Report on the cultivation and use of ganja
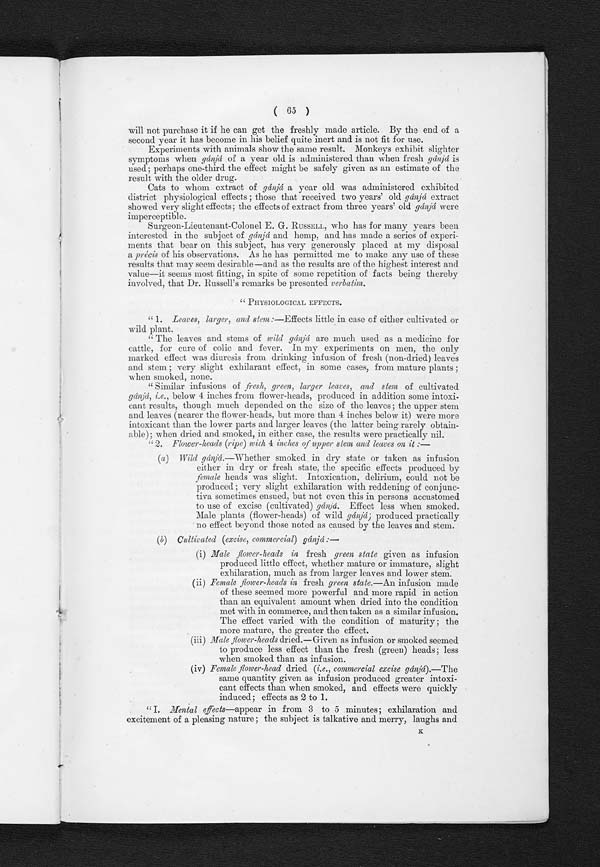
( 65 )
will not purchase it if he can get the freshly made article. By the end of a
second year it has become in his belief quite inert and is not fit for use.
Experiments with animals show the same result. Monkeys exhibit slighter
symptoms when gánjá of a year old is administered than when fresh gánjá is
used; perhaps one-third the effect might be safely given as an estimate of the
result with the older drug.
Cats to whom extract of gánjá a year old was administered exhibited
district physiological effects ; those that received two years' old gánjá extract
showed very slight effects; the effects of extract from three years' old gánjá were
imperceptible.
Surgeon-Lieutenant-Colonel E. G. RUSSELL, who has for many years been
interested in the subject of gánjá and hemp, and has made a series of experi-
ments that bear on this subject, has very generously placed at my disposal
a précis of his observations. As he has permitted me to make any use of these
results that may seem desirable—and as the results are of the highest interest and
value—it seems most fitting, in spite of some repetition of facts being thereby
involved, that Dr. Russell's remarks be presented verbatim.
" P H Y S I O L O G I C A L E F F E C T S .
" 1. Leaves, larger, and stem : —Effects little in case of either cultivated or
wild plant.
" The leaves and stems of wild gánjá are much used as a medicine for
cattle, for cure of colic and fever. In my experiments on men, the only
marked effect was diuresis from drinking infusion of fresh (non-dried) leaves
and stem ; very slight exhilarant effect, in some cases, from mature plants ;
when smoked, none.
"Similar infusions of fresh, green, larger leaves, and stem of cultivated
gánjá, i.e., below 4 inches from flower-heads, produced in addition some intoxi-
cant results, though much depended on the size of the leaves; the upper stem
and leaves (nearer the flower-heads, but more than 4 inches below it) were more
intoxicant than the lower parts and larger leaves (the latter being rarely obtain-
able); when dried and smoked, in either case, the results were practically nil.
"2. Flower-heads (ripe) with 4 inches of upper stem and leaves on it :—
(a) Wild gánjá.—Whether smoked in dry state or taken as infusion
either in dry or fresh state, the specific effects produced by
female heads was slight. Intoxication, delirium, could not be
produced ; very slight exhilaration with reddening of conjunc-
tiva sometimes ensued, but not even this in persons accustomed
to use of excise (cultivated) gánjá. Effect less when smoked.
Male plants (flower-heads) of wild gánjá; produced practically
no effect beyond those noted as caused by the leaves and stem.
(b) Cultivated (excise, commercial) gánjá :—
(i)Male flower-heads in fresh green state given as infusion
produced little effect, whether mature or immature, slight
exhilaration, much as from larger leaves and lower stem.
(ii)Female flower-heads in fresh green state.—An infusion made
of these seemed more powerful and more rapid in action
than an equivalent amount when dried into the condition
met with in commerce, and then taken as a similar infusion.
The effect varied with the condition of maturity; the
more mature, the greater the effect.
(iii) Male flower-heads dried.—Given as infusion or smoked seemed
to produce less effect than the fresh (green) heads; less
when smoked than as infusion.
(iv)Female flower-head dried (i.e. commercial excise gánjá ).—The
same quantity given as infusion produced greater intoxi-
cant effects than when smoked, and effects were quickly
induced; effects as 2 to 1.
"I. Mental effects— appear in from 3 to 5 minutes; exhilaration and
excitement of a pleasing nature; the subject is talkative and merry, laughs and